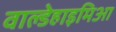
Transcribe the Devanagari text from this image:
वाल्डेहाइमिआ